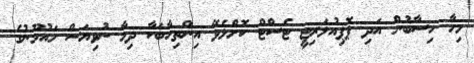
މިހާ ހިސާބުން އަދި ޕޮޕިއުލަރިޓީ ޓެސްޓް ކޮށްލެވޭ އިންތިހާބަކާ ދިމާ ނުވިޔަސް މައުމޫނުގެ